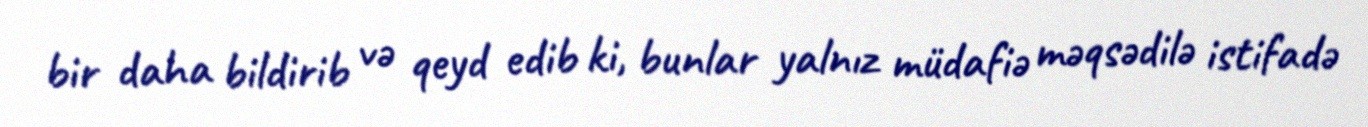
bir daha bildirib və qeyd edib ki, bunlar yalnız müdafiə məqsədilə istifadə